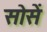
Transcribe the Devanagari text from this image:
सोसें